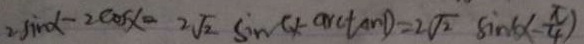
2 \sin \alpha - 2 \cos x = 2 \sqrt { 2 } \sin ( 1 - \arctan 1 ) = 2 \sqrt { 2 } \sin ( x - \frac { \pi } { 4 } )